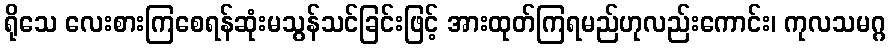
ရိုသေ လေးစားကြစေရန်ဆုံးမသွန်သင်ခြင်းဖြင့် အားထုတ်ကြရမည်ဟုလည်းကောင်း၊ ကုလသမဂ္ဂ